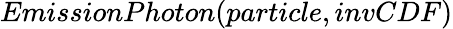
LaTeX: EmissionPhoton(particle,invCDF)